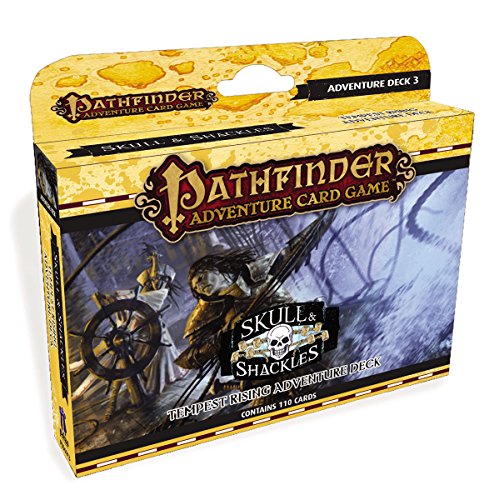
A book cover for Pathfinder Adventure Card Game: Skull & Shackles Adventure Deck 3 - Tempest Rising (Pathfinder Adventure Deck); Science Fiction & Fantasy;